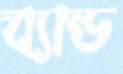
ব্যান্ড